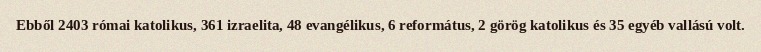
Ebből 2403 római katolikus, 361 izraelita, 48 evangélikus, 6 református, 2 görög katolikus és 35 egyéb vallású volt.